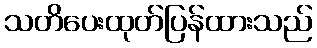
သတိပေးထုတ်ပြန်ထားသည်